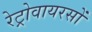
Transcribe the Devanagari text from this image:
रेट्रोवायरसों